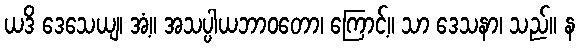
ယဒိ ဒေသေယျ၊ အံ့။ အသပ္ပါယဘာဝတော၊ ကြောင့်။ သာ ဒေသနာ၊ သည်။ န